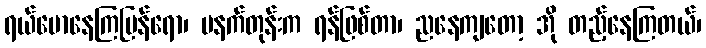
ရယ်မောနေကြပြန်ရော၊ မနက်တုန်းက ရန်ဖြစ်တာ၊ ညနေကျတော့ အို တည့်နေကြတယ်၊